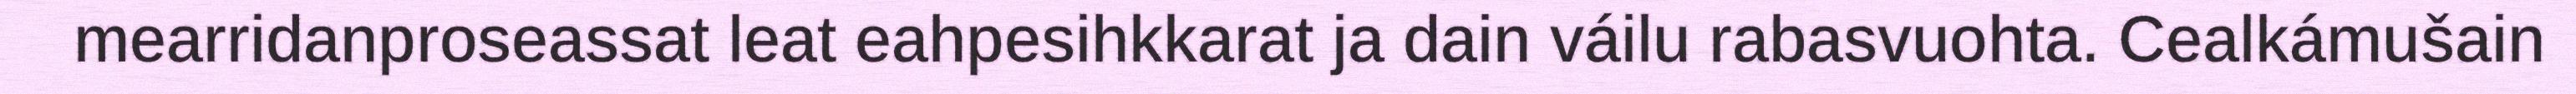
mearridanproseassat leat eahpesihkkarat ja dain váilu rabasvuohta. Cealkámušain